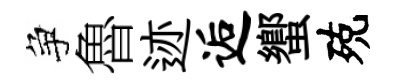
争魯迹逅蠁殑